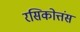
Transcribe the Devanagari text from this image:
रसिकोत्तंस